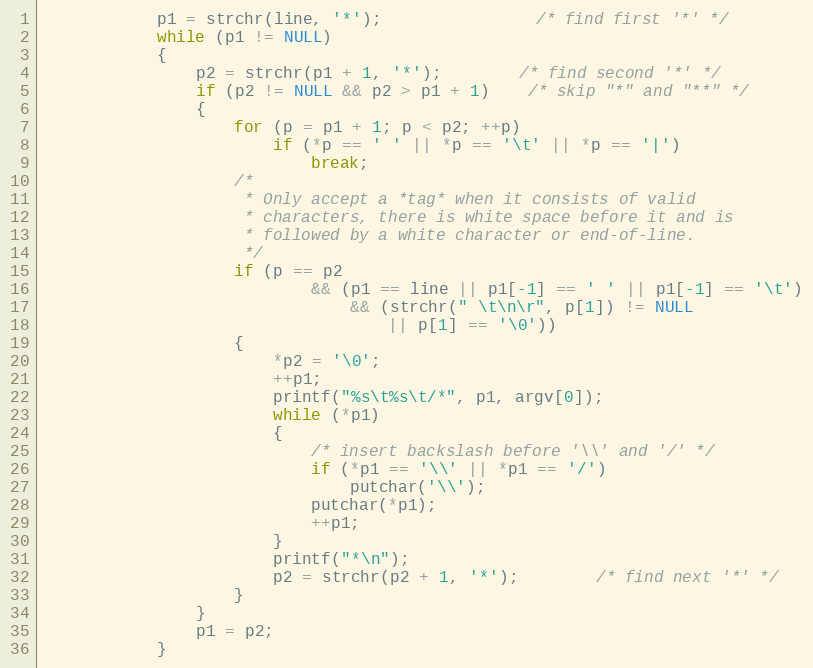
Language: C
			p1 = strchr(line, '*');				/* find first '*' */
			while (p1 != NULL)
			{
				p2 = strchr(p1 + 1, '*');		/* find second '*' */
				if (p2 != NULL && p2 > p1 + 1)	/* skip "*" and "**" */
				{
					for (p = p1 + 1; p < p2; ++p)
						if (*p == ' ' || *p == '\t' || *p == '|')
							break;
					/*
					 * Only accept a *tag* when it consists of valid
					 * characters, there is white space before it and is
					 * followed by a white character or end-of-line.
					 */
					if (p == p2
							&& (p1 == line || p1[-1] == ' ' || p1[-1] == '\t')
								&& (strchr(" \t\n\r", p[1]) != NULL
									|| p[1] == '\0'))
					{
						*p2 = '\0';
						++p1;
						printf("%s\t%s\t/*", p1, argv[0]);
						while (*p1)
						{
							/* insert backslash before '\\' and '/' */
							if (*p1 == '\\' || *p1 == '/')
								putchar('\\');
							putchar(*p1);
							++p1;
						}
						printf("*\n");
						p2 = strchr(p2 + 1, '*');		/* find next '*' */
					}
				}
				p1 = p2;
			}